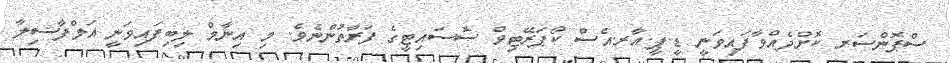
ސްޕޮންސަރ ކޮށްދެއްވާފައިވަނީ ޑީ.ޕީ.އާރ.އެސް ކޯޕަރޭޓިވް ސޮސައިޓީގެ ފަރާތުންނެވެ. މި އިނާމް ލިބިފައިވަނީ އަލްފާޟިލާ